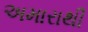
અમારાથી